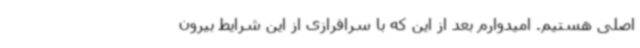
اصلی هستیم. امیدوارم بعد از این که با سرافرازی از این شرایط بیرون